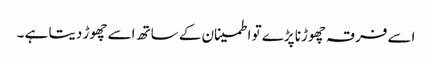
اسے فرقہ چھوڑنا پڑے تو اطمینان کے ساتھ اسے چھوڑ دیتا ہے ۔